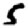
Digit: 5